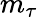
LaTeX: m_{\tau}